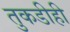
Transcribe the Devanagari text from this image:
तुकडीही